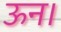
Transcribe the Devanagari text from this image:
ऊन।